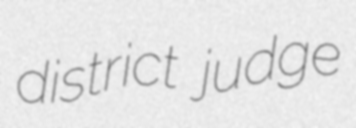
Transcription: district judge